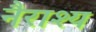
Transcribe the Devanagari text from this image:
नैराश्‍य